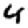
Digit: 4